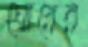
ঘোরের